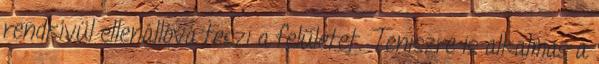
rendkívül ellenállóvá teszi a felületet. Teniszre is alkalmas a